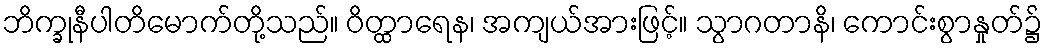
ဘိက္ခုနီပါတိမောက်တို့သည်။ ဝိတ္ထာရေန၊ အကျယ်အားဖြင့်။ သွာဂတာနိ၊ ကောင်းစွာနှုတ်၌